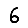
Digit: 6